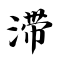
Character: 滞